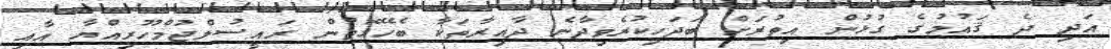
އަދި ދެ ޤައުމުގެ ގުޅުން އިތުރަށް ބަދަހިކުރެވިދާނެ ދާއިރާތަކާ ބެހޭގޮތުން ރައީސުލްޖުމްހޫރިއްޔާ އާއި